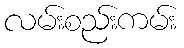
လမ်းစည်းကမ်း